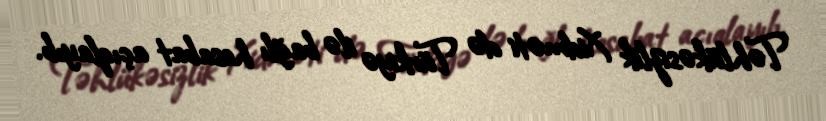
Təhlükəsizlik Xidməti də Türkiyə ilə bağlı hesabat açıqlayıb.